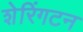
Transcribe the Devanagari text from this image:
शेरिंगटन